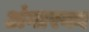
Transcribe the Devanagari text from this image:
अंगारका